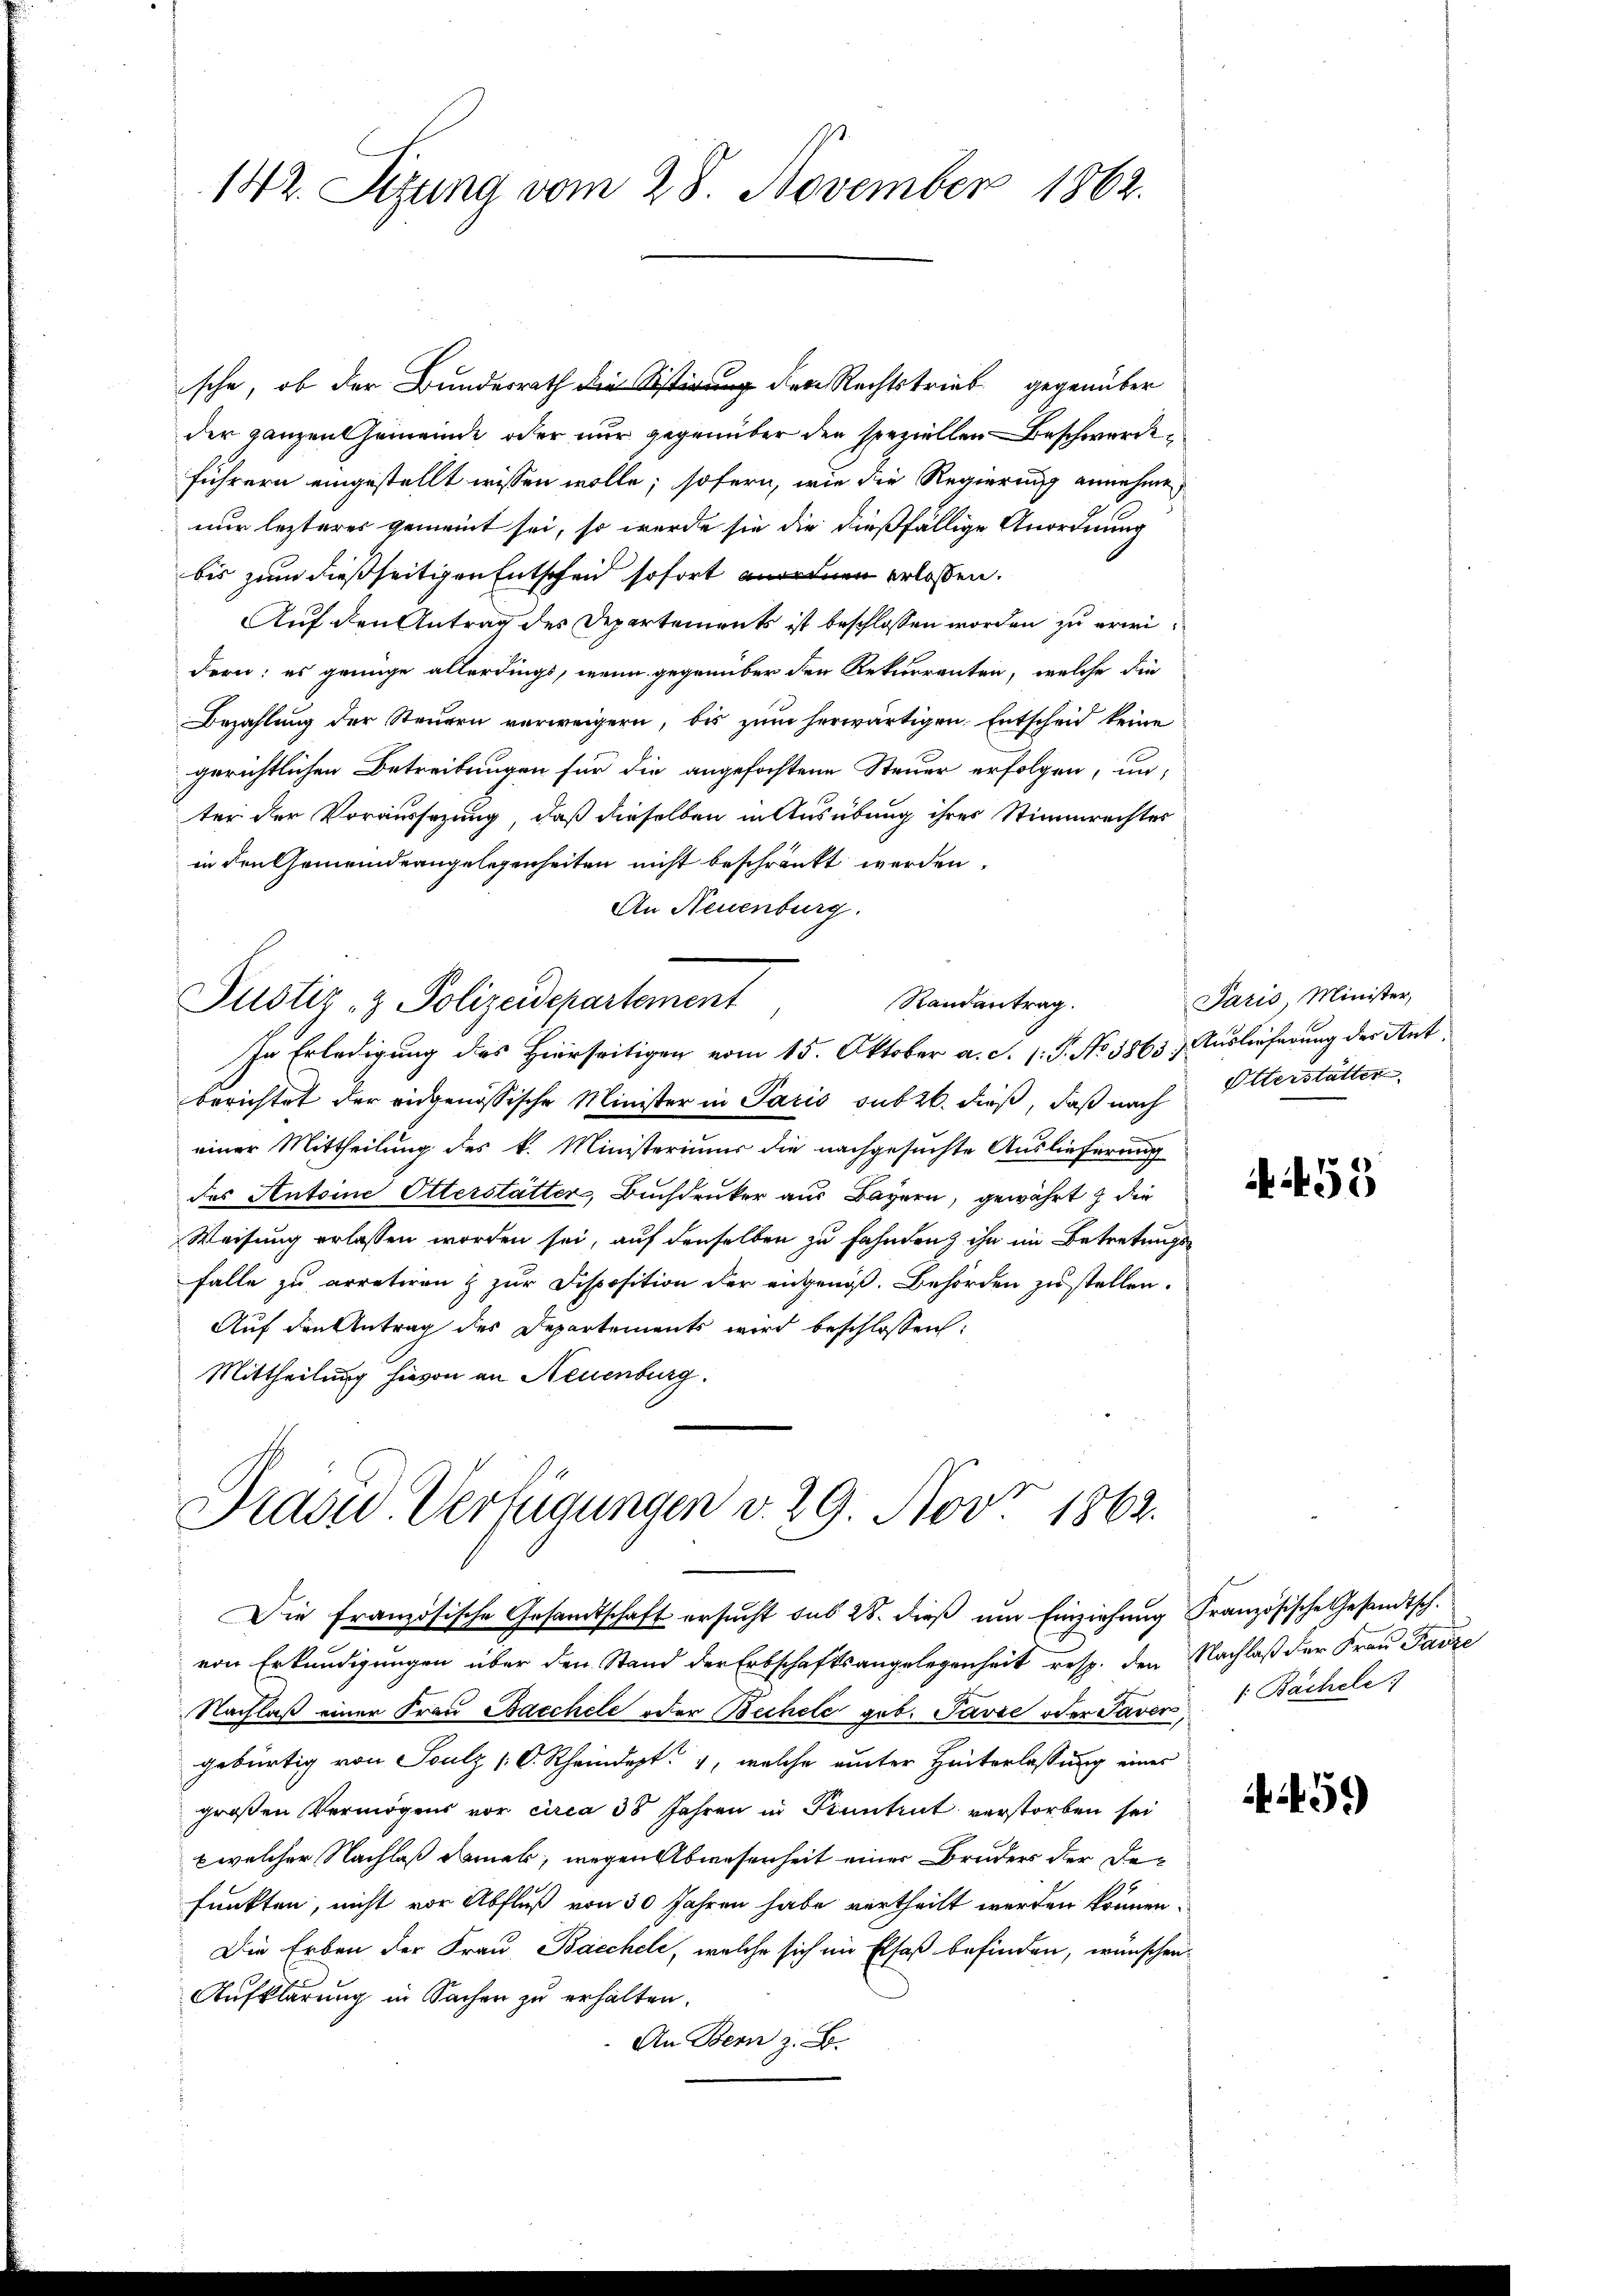
142. Sitzung vom 28. November 1862.

sche, ob der Bundesrath die Rechts gegenüber
der ganzen Gemeinde oder nur gegenüber den speziellen Beschwerdeführern eingestellt wissen wolle; sofern, wie die Regierung annehme,
nur lezteres gemeint sei, so werde sie die dießfällige Anordnung
bis zum dießseitigen Entscheid sofort einen erlassen.
Auf den Antrag des Departements ist beschlossen worden zu erwidern: es genüge allerdings, wenn gegenüber den Rekurrenten, welche die
Bezahlung der Steuern verweigern, bis zum herwärtigen Entscheid keine
gerichtlichen Betreibungen für die angefochtene Steuer erfolgen, unter der Voraussezung, daß dieselben in Ausübung ihres Stimmrechtes
in den Gemeindeangelegenheiten nicht beschränkt werden.
An Neuenburg.
Randantrag.
Justiz- & Polizeidepartement
In Erledigung des Hierseitigen vom 15. Oktober a. d. 1. P. No 5863) Auslieferung der Antberichtet der eidgenössische Minister in Paris sub 26. dieß, daß nach
einer Mittheilung des k. Ministeriums die nachgesuchte Auslieferung
des Antoine Otterstatter, Buchdruker aus Bayern, gewährt die
Weisung erlassen worden sei, auf denselben zu fahndenz ihn im Betretungsfalle zu arretiren & zur Disposition der eingenoß. Behörden zustellen.
Auf den Antrag des Departements wird beschlossen:
Mittheilung hievon an Neuenburg.

Prasid. Verfügungen v. 29. Nov 1862.
Die französische Gesandtschaft ersucht sub 28. dieß um Einziehung Französische Gesandtsch¬

von Erkundigungen über den Stand der Erbschaftsangelegenheit resp. den Nachlaß der Frau Parze
Nachlaß einer Frau Bacchele oder Bechele geb. Pavre oder Paver 1 Bächele
gebürtig von Soulz (C. Rheindept. 1, welche unter Hinterlassung eines
großen Vermögens vor circa 38 Jahren in Kenntent verstorben sei
x welcher Nachlaß damals, wegen Abwesenheit einer Bruders der Defunkten, nicht vor Abfluß von 30 Jahren habe vertheilt werden können.
Die Erben der Frau, Bacchele, welche sich im Elsaß befinden, wünschen-
Aufklärung in Sachen zu erhalten.
An Bern z. B.

Paris, Minister,
Otterstatter

459

59